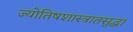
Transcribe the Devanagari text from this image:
ज्योतिषशास्त्रातसुद्धा